Plague in India, 1896, 1897 - Volume 2
Year: 1896
Disease focus: Plague
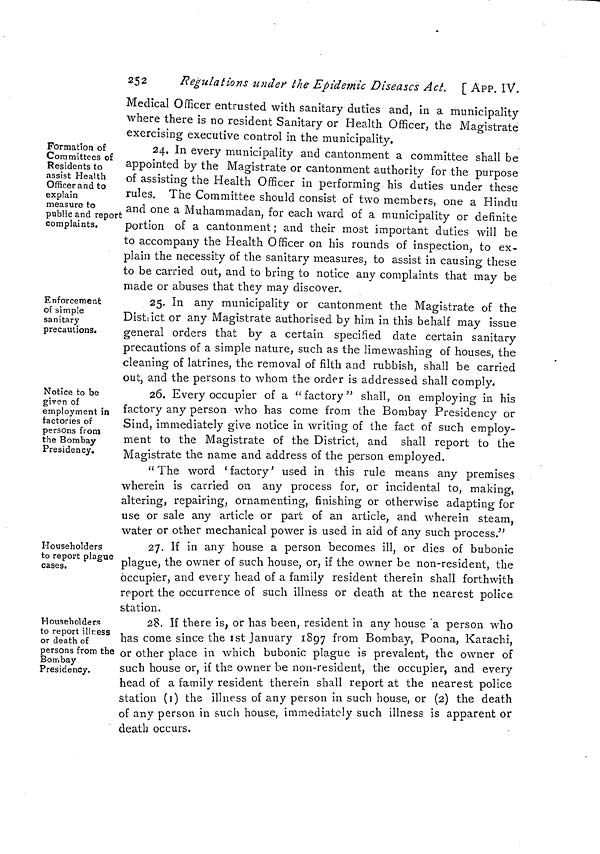
252
Regulations under the Epidemic Diseases Act. [ APP. IV.
Medical Officer entrusted with sanitary duties and, in a municipality
where there is no resident Sanitary or Health Officer, the Magistrate
exercising executive control in the municipality.
Formation of
Committees of
Residents to
assist Health
Officer and to
explain
measure to
public and report
complaints.
24. In every municipality and cantonment a committee shall be
appointed by the Magistrate or cantonment authority for the purpose
of assisting the Health Officer in performing his duties under these
rules. The Committee should consist of two members, one a Hindu
and one a Muhammadan, for each ward of a municipality or definite
portion of a cantonment; and their most important duties will be
to accompany the Health Officer on his rounds of inspection, to ex-
plain the necessity of the sanitary measures, to assist in causing these
to be carried out, and to bring to notice any complaints that may be
made or abuses that they mav discover.
Enforcement
of simple
sanitary
precautions.
25. In any municipality or cantonment the Magistrate of the
District or any Magistrate authorised by him in this behalf may issue
general orders that by a certain specified date certain sanitary
precautions of a simple nature, such as the limewashing of houses, the
cleaning of latrines, the removal of filth and rubbish, shall be carried
out, and the persons to whom the order is addressed shall comply.
Notice to be
given of
employment in
factories of
persons from
the Bombay
Presidency.
26. Every occupier of a " factory " shall, on employing in his
factory any person who has come from the Bombay Presidency or
Sind, immediately give notice in writing of the fact of such employ-
ment to the Magistrate of the District, and shall report to the
Magistrate the name and address of the person employed.
" The word ' factory ' used in this rule means any premises
wherein is carried on any process for, or incidental to, making,
altering, repairing, ornamenting, finishing or otherwise adapting for
use or sale any article or part of an article, and wherein steam,
water or other mechanical power is used in aid of any such process."'
Householders
to report plague
cases.
27. If in any house a person becomes ill, or dies of bubonic
plague, the owner of such house, or, if the owner be non-resident, the
occupier, and every head of a family resident therein shall forthwith
report the occurrence of such illness or death at the nearest police
station.
Householders
to report illr.ess
or death of
persons from the
Bombay
Presidency.
28. If there is, or has been, resident in any house a person who
has come since the ist January 1897 from Bombay, Poona, Karachi,
or other place in which bubonic plague is prevalent, the owner of
such house or, if the owner be non-resident, the occupier, and every
head of a family resident therein shall report at the nearest police
station (I) the illness of any person in such house, or (2) the death
of any person in such house, immediately such illness is apparent or
death occurs.